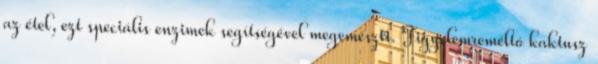
az étel, ezt speciális enzimek segítségével megemészti. Figyelemreméltó kaktusz